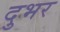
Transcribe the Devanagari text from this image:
दुभर